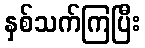
နှစ်သက်ကြပြီး